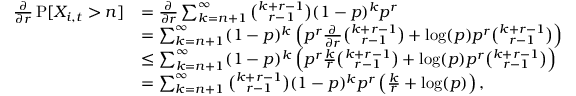
\begin{array} { r l } { \frac { \partial } { \partial r } \operatorname { P } [ X _ { i , t } > n ] } & { = \frac { \partial } { \partial r } \sum _ { k = n + 1 } ^ { \infty } \binom { k + r - 1 } { r - 1 } ( 1 - p ) ^ { k } p ^ { r } } \\ & { = \sum _ { k = n + 1 } ^ { \infty } ( 1 - p ) ^ { k } \left( p ^ { r } \frac { \partial } { \partial r } \binom { k + r - 1 } { r - 1 } + \log ( p ) p ^ { r } \binom { k + r - 1 } { r - 1 } \right) } \\ & { \leq \sum _ { k = n + 1 } ^ { \infty } ( 1 - p ) ^ { k } \left( p ^ { r } \frac { k } { r } \binom { k + r - 1 } { r - 1 } + \log ( p ) p ^ { r } \binom { k + r - 1 } { r - 1 } \right) } \\ & { = \sum _ { k = n + 1 } ^ { \infty } \binom { k + r - 1 } { r - 1 } ( 1 - p ) ^ { k } p ^ { r } \left( \frac { k } { r } + \log ( p ) \right) , } \end{array}